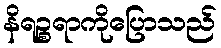
နိရဉ္စရာကိုပြောသည်